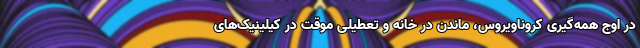
در اوج همه‌گیری کروناویروس، ماندن در خانه و تعطیلی موقت در کیلینیک‌های